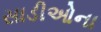
સાડીઓના